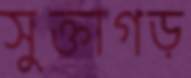
সুক্তাগড়